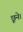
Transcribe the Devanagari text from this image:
छूने।